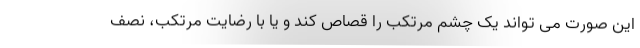
این صورت می تواند یک چشم مرتکب را قصاص کند و یا با رضایت مرتکب، نصف